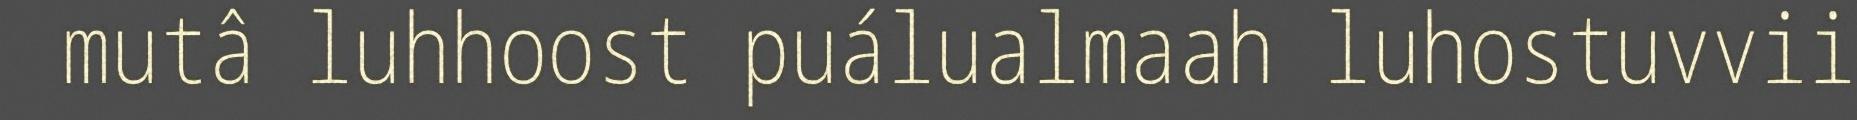
mutâ luhhoost puálualmaah luhostuvvii